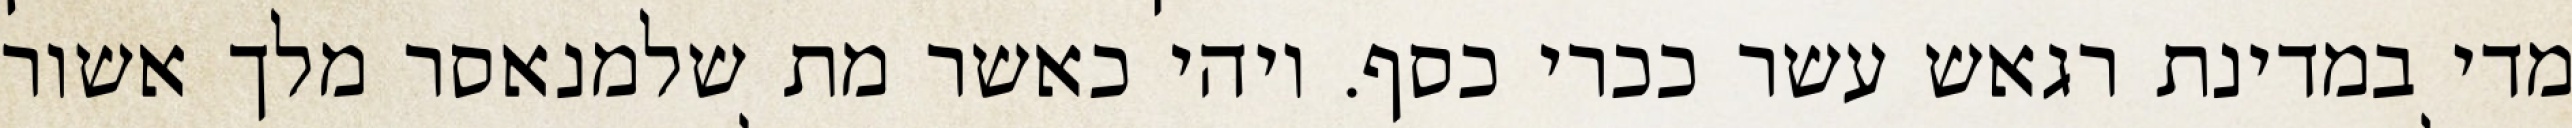
מדי במדינת רגאש עשר ככרי כסף. ויהי כאשר מת שלמנאסר מלך אשור